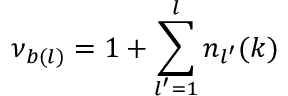
\nu _ { b ( l ) } = 1 + \sum _ { l ^ { \prime } = 1 } ^ { l } n _ { l ^ { \prime } } ( k )